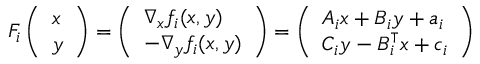
\begin{array} { r } { F _ { i } \left( \begin{array} { l } { x } \\ { y } \end{array} \right) = \left( \begin{array} { l } { \nabla _ { x } f _ { i } ( x , y ) } \\ { - \nabla _ { y } f _ { i } ( x , y ) } \end{array} \right) = \left( \begin{array} { l } { A _ { i } x + B _ { i } y + a _ { i } } \\ { C _ { i } y - B _ { i } ^ { \intercal } x + c _ { i } } \end{array} \right) } \end{array}